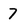
Character: 7